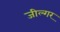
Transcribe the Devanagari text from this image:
जील्‍गर